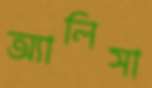
অ্যালিসা